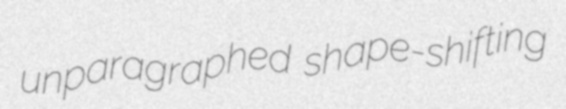
unparagraphed shape-shifting